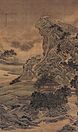
惊风乱飐芙蓉水，密雨斜侵薜荔墙。